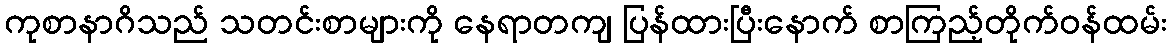
ကုစာနာဂိသည် သတင်းစာများကို နေရာတကျ ပြန်ထားပြီးနောက် စာကြည့်တိုက်ဝန်ထမ်း